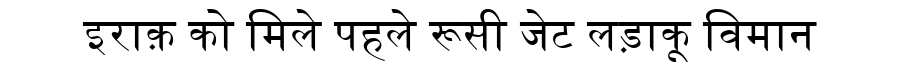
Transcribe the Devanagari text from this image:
इराक़ को मिले पहले रूसी जेट लड़ाकू विमान